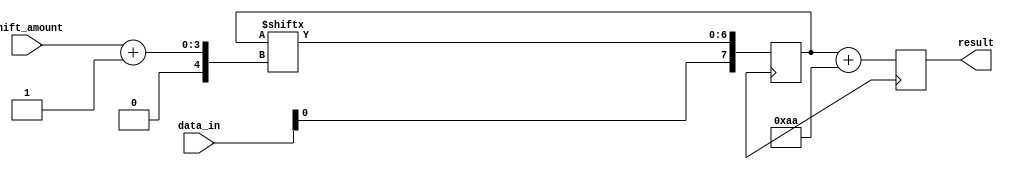
module shift_add_register (
    input [7:0] data_in,
    input [2:0] shift_amount,
    output reg [7:0] result
);

reg [7:0] shift_reg;
reg [7:0] constant_value = 8'b10101010; // Example constant value

always @ (posedge clk) begin
    shift_reg <= {data_in, shift_reg[7:shift_amount+1]};
    result <= shift_reg + constant_value;
end

endmodule